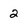
Character: 2